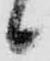
候